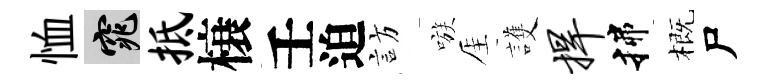
恤窕抵榱壬迫訪嗾厓護捍揲概尸